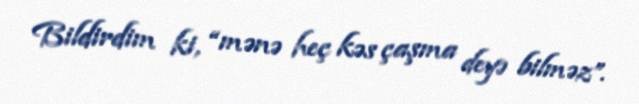
Bildirdim ki, “mənə heç kəs çaşma deyə bilməz”.